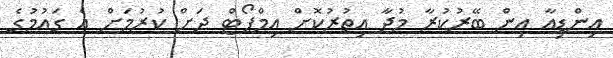
އިންޑިއާ އިން ބޭރުކުރާ މުދާ އިތުރުކޮށް އިމްޕޯޓް ދަށް ކުރުމަށް އެ ގައުމުގެ